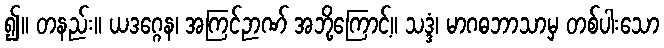
၍။ တနည်း။ ယဒဂ္ဂေန၊ အကြင်ဉာဏ် အဘို့ကြောင့်။ သဒ္ဒံ၊ မာဂဓဘာသာမှ တစ်ပါးသော